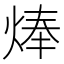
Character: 𤊡